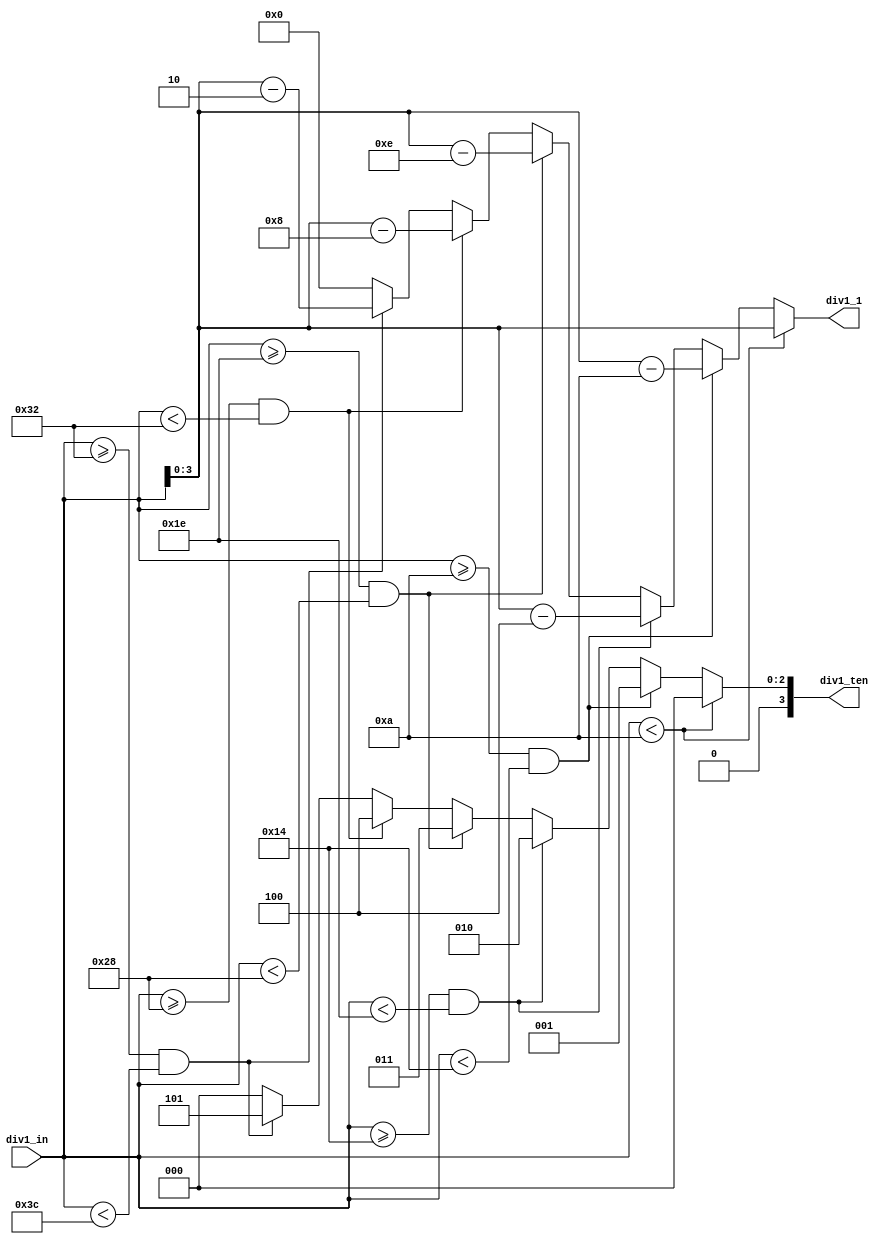
module divider (div1_in, div1_ten, div1_1);
	input [5:0] div1_in;
	output [3:0] div1_ten;
	output [3:0] div1_1;
	reg [3:0] div1_ten;
	reg [3:0] div1_1;
	

always @(div1_in)

	if (div1_in < 10) begin
		div1_ten <= 0; div1_1 <= div1_in;
	end
	else if (div1_in >= 10 && div1_in < 20) begin
		div1_ten <= 1; div1_1 <= div1_in - 10;
	end
	else if (div1_in >= 20 && div1_in < 30) begin
		div1_ten <= 2; div1_1 <= div1_in - 20;
	end
	else if (div1_in >= 30 && div1_in < 40) begin
		div1_ten <= 3; div1_1 <= div1_in - 30;
	end
	else if (div1_in >= 40 && div1_in < 50) begin
		div1_ten <= 4; div1_1 <= div1_in - 40;
	end
	else if (div1_in >= 50 && div1_in < 60) begin
		div1_ten <= 5; div1_1 <= div1_in - 50;
	end
	else begin
		div1_ten <= 0;
		div1_1 <= 0;
	end


endmodule